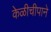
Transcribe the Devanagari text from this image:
केळीचीपाने